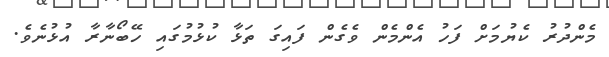
މެންދުރު ކެޔުމަށް ފަހު އެންމެން ވެގެން ފައިގަ ތަޅާ ކުޅުމުގައި ހޭބޯނާރާ އުޅުނެވެ.